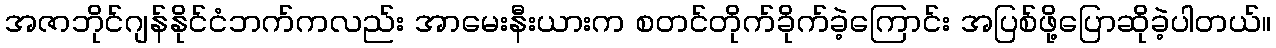
အဇာဘိုင်ဂျန်နိုင်ငံဘက်ကလည်း အာမေးနီးယားက စတင်တိုက်ခိုက်ခဲ့ကြောင်း အပြစ်ဖို့ပြောဆိုခဲ့ပါတယ်။